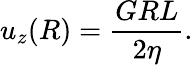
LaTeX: u_{z}(R)=\frac{GRL}{2\eta}.